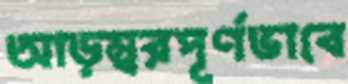
আড়ম্বরপূর্ণভাবে